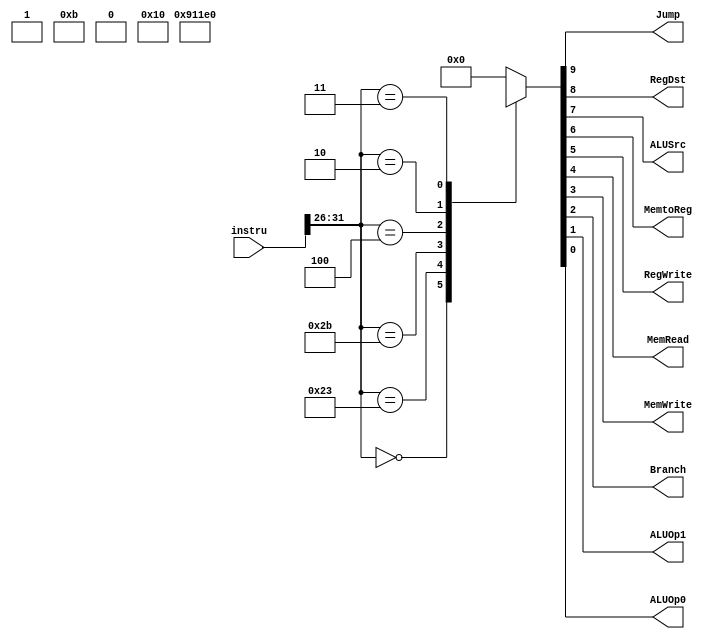
module control(instru,Jump,RegDst,ALUSrc,MemtoReg,RegWrite,MemRead,MemWrite,Branch,ALUOp1,ALUOp0);
   output Jump,RegDst,ALUSrc,MemtoReg,RegWrite,MemRead,MemWrite,Branch,ALUOp1,ALUOp0;
   input [31:0] instru;
   
   reg Jump,RegDst,ALUSrc,MemtoReg,RegWrite,MemRead,MemWrite,Branch,ALUOp1,ALUOp0;
   reg [9:0]  identify;
   always@(instru)
   begin
   Jump<=identify[9];
   RegDst<=identify[8];
   ALUSrc<=identify[7];
   MemtoReg<=identify[6];
   RegWrite<=identify[5];
   MemRead<=identify[4];
   MemWrite<=identify[3];
   Branch<=identify[2];
   ALUOp1<=identify[1];
   ALUOp0<=identify[0];
   
   identify<=10'b0000000000;//clear to 0

   case(instru[31:26])
	 6'b000000: identify<=10'b0100100010;//R-type
	 6'b100011: identify<=10'b0011110000;//load
	 6'b101011: identify<=10'b0X1X001000;//store
	 6'b000100: identify<=10'b0X0X000101;//beq
	 6'b000010: identify<=10'b1XXXXXXXXX;//jump
	 6'b000011: identify<=10'b1XXX1XXXXX;//jal
	 6'b000100: identify<=10'b01XX1XX0XX;//jr
	 default:   identify<=10'b0000000000;//suppose identify is 0
   endcase 
   end
endmodule